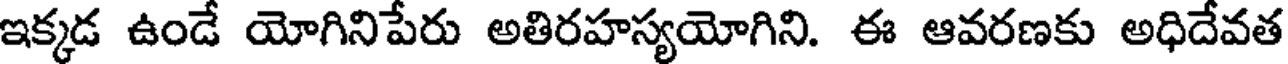
ఇక్కడ ఉండే యోగినిపేరు అతిరహస్యయోగిని. ఈ ఆవరణకు అధిదేవత